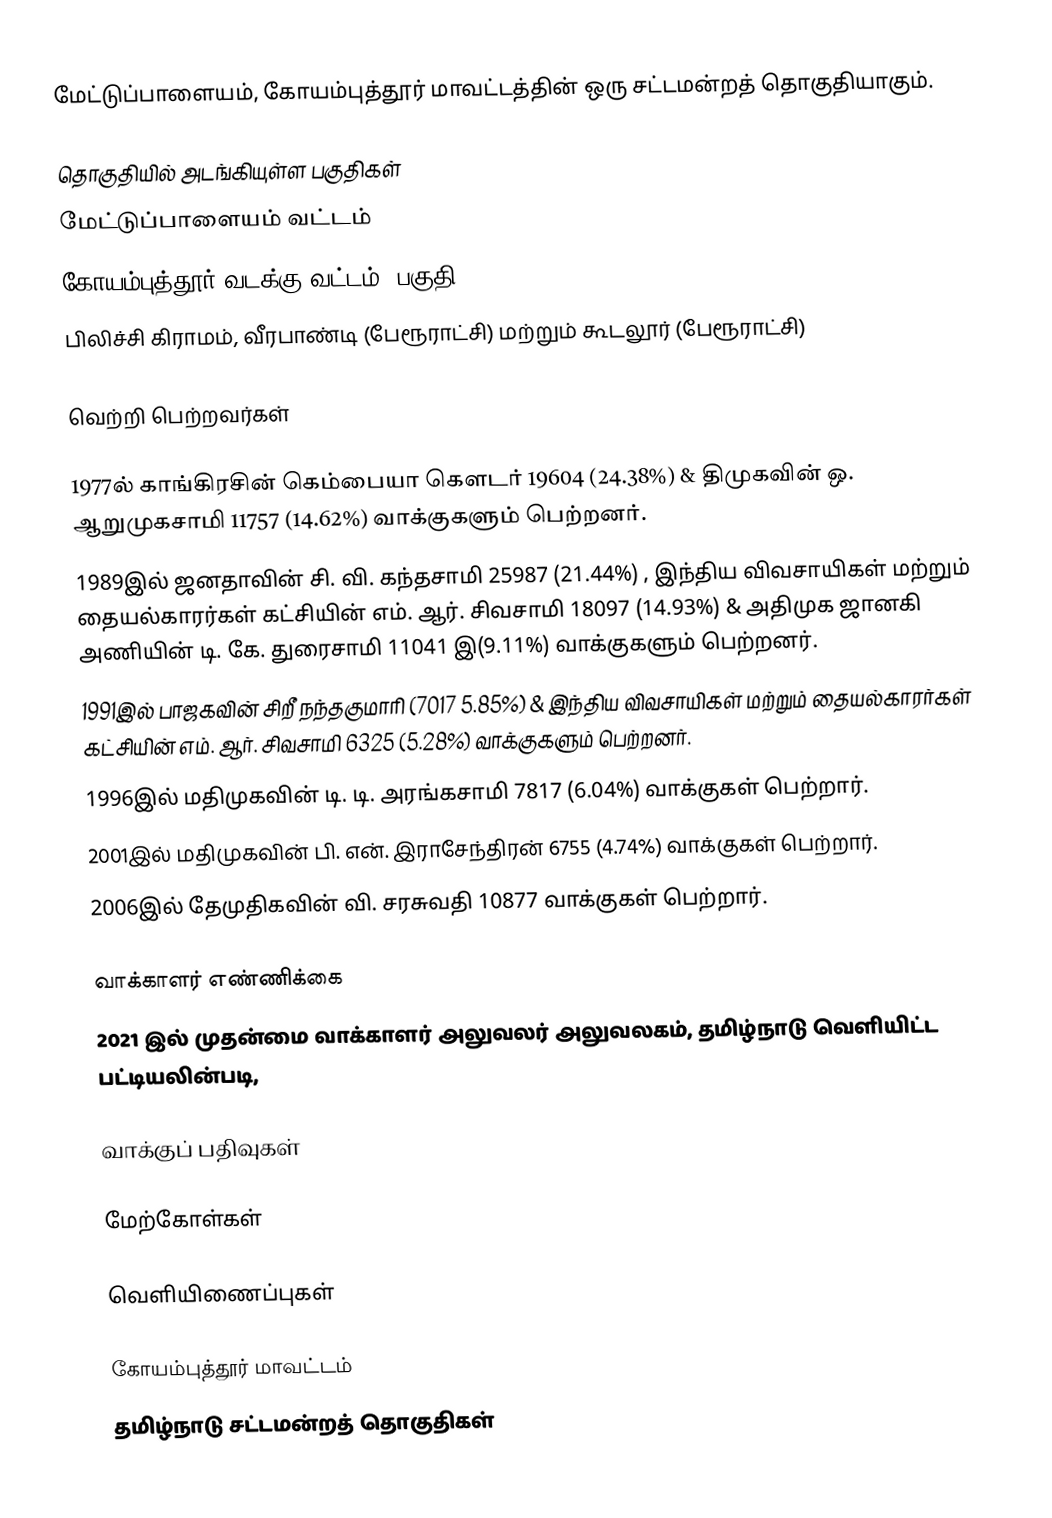
மேட்டுப்பாளையம், கோயம்புத்தூர் மாவட்டத்தின் ஒரு சட்டமன்றத் தொகுதியாகும்.

தொகுதியில் அடங்கியுள்ள பகுதிகள்
மேட்டுப்பாளையம் வட்டம்
கோயம்புத்தூர் வடக்கு வட்டம் (பகுதி)
பிலிச்சி கிராமம், வீரபாண்டி (பேரூராட்சி) மற்றும் கூடலூர் (பேரூராட்சி)

வெற்றி பெற்றவர்கள்

 1977ல் காங்கிரசின் கெம்பையா கௌடர் 19604 (24.38%) & திமுகவின் ஒ. ஆறுமுகசாமி 11757 (14.62%) வாக்குகளும் பெற்றனர்.
 1989இல் ஜனதாவின் சி. வி. கந்தசாமி 25987 (21.44%) , இந்திய விவசாயிகள் மற்றும் தையல்காரர்கள் கட்சியின் எம். ஆர். சிவசாமி 18097 (14.93%) & அதிமுக ஜானகி அணியின் டி. கே. துரைசாமி 11041 இ(9.11%) வாக்குகளும் பெற்றனர்.
1991இல் பாஜகவின் சிறீ நந்தகுமாரி (7017 5.85%) & இந்திய விவசாயிகள் மற்றும் தையல்காரர்கள் கட்சியின் எம். ஆர். சிவசாமி 6325 (5.28%) வாக்குகளும் பெற்றனர்.
1996இல் மதிமுகவின் டி. டி. அரங்கசாமி 7817 (6.04%) வாக்குகள் பெற்றார்.
2001இல் மதிமுகவின் பி. என். இராசேந்திரன் 6755 (4.74%) வாக்குகள் பெற்றார்.
2006இல் தேமுதிகவின் வி. சரசுவதி 10877 வாக்குகள் பெற்றார்.

வாக்காளர் எண்ணிக்கை
2021 இல் முதன்மை வாக்காளர் அலுவலர் அலுவலகம், தமிழ்நாடு வெளியிட்ட பட்டியலின்படி,

வாக்குப் பதிவுகள்

மேற்கோள்கள்

வெளியிணைப்புகள்

கோயம்புத்தூர் மாவட்டம்
தமிழ்நாடு சட்டமன்றத் தொகுதிகள்